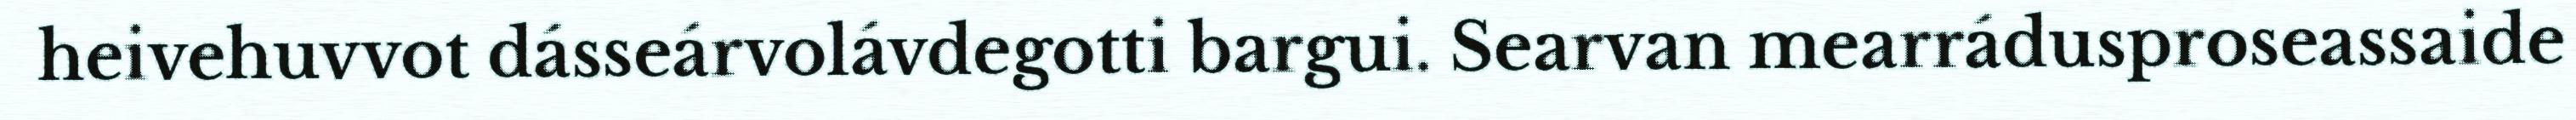
heivehuvvot dásseárvolávdegotti bargui. Searvan mearrádusproseassaide